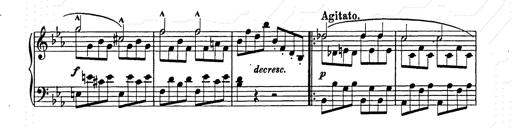
Title: Allegro di bravura
Composer: Carl Maria von Weber
Key: D major